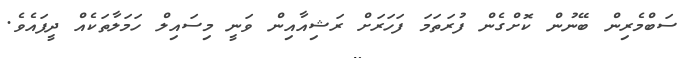
ސަބްމެރިން ބޭނުން ކޮށްގެން ފުރަތަމަ ފަހަރަށް ރަޝިއާއިން ވަނީ މިސައިލް ހަމަލާތަކެއް ދީފައެވެ.